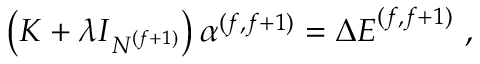
\left( \boldsymbol { K } + \lambda \boldsymbol { I } _ { N ^ { ( f + 1 ) } } \right) \boldsymbol { \alpha } ^ { ( f , f + 1 ) } = \boldsymbol { \Delta E } ^ { ( f , f + 1 ) } ~ ,